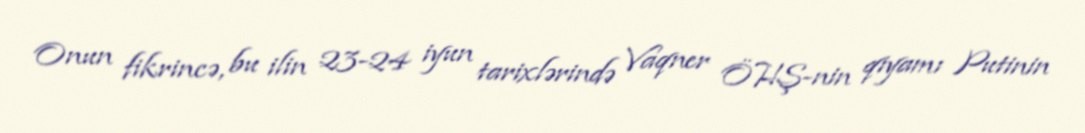
Onun fikrincə, bu ilin 23-24 iyun tarixlərində Vaqner ÖHŞ-nin qiyamı Putinin